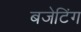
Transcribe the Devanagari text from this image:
बजेटिंग